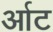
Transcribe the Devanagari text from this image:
र्आट